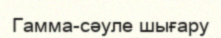
Гамма-сәуле шығару